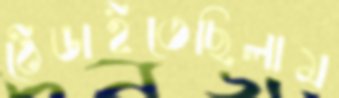
ঠেঙাইতেছিলাম